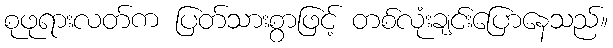
စုဖုရားလတ်က ပြတ်သားစွာဖြင့် တစ်လုံးချင်းပြောနေသည်။